Report on sanitation, dispensaries, and jails in Rajputana for 1912, and on vaccination for the year 1912-1913 - 1912-1913
Year: 1912
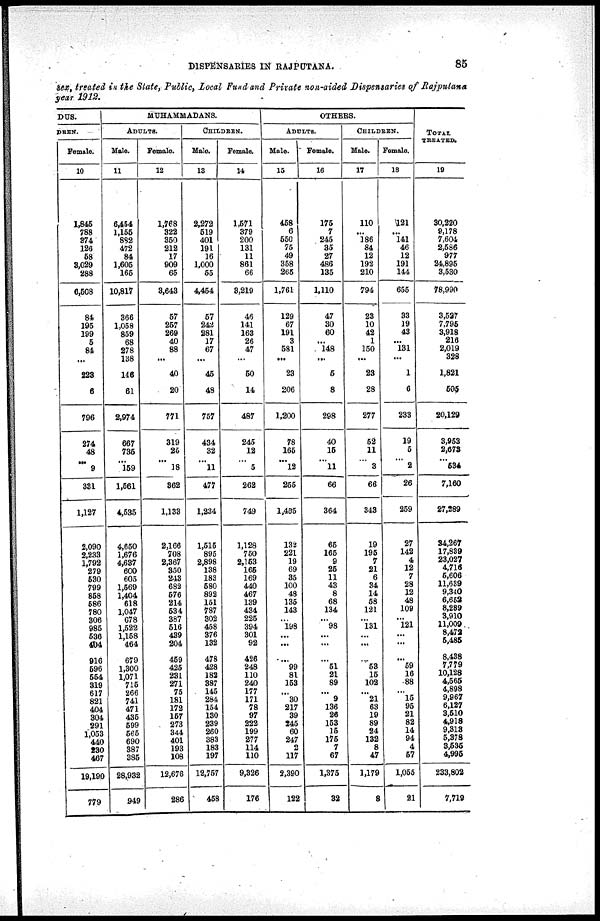
DISPENSARIES IN RAJPUTANA.
85
sex, treated in the State, Public, Local Fund and Private non-aided Dispensaries of Rajputana
year 1912.
DUS.
DREN.
Female.
10
1,845
788
374
126
58
3,029
288
6,508
84
195
199
5
84
...
223
6
796
274
48
...
9
331
1,127
2,090
2,233
1,792
279
530
799
858
586
780
306
985
536
404
916
596
554
319
617
821
404
304
291
1,053
440
230
467
19,190
779
MUHAMMADANS.
ADULTS.
Male.
11
6,454
1,155
882
472
84
1,605
165
10,817
366
1,058
859
68
278
138
146
61
2,974
667
735
...
159
1,561
4,535
4,650
1,676
4,687
600
605
1,569
1,404
618
1,047
678
1,522
1,158
464
679
1,300
1,071
715
266
741
471
435
599
565
690
887
385
28,932
949
Female.
12
1,768
322
350
212
17
909
65
3,643
57
257
269
40
88
...
40
20
771
319
25
...
18
362
1,133
2,166
708
2,367
350
243
682
576
214
534
387
516
439
204
469
425
231
271
75
181
172
157
273
344
401
193
108
12,676
286
CHILDREN.
Male.
13
2,272
519
401
191
16
1,000
55
4,454
57
242
281
17
67
...
45
48
757
434
32
...
11
477
1,234
1,515
895
2,898
138
183
580
892
151
787
302
458
376
132
478
428
183
887
145
284
154
180
239
260
383
18S
197
12,757
458
Female.
14
1,571
379
200
131
11
861
66
3,219
46
141
163
26
47
...
50
14
487
245
12
...
5
262
749
1,128
750
2,153
166
169
440
467
139
434
225
394
301
92
426
248
110
240
177
171
78
97
222
199
277
114
110
9,326
176
OTHERS.
ADULTS.
Male.
15
458
6
550
75
49
358
265
1,761
129
67
191
3
581
...
23
206
1,200
78
165
...
12
255
1,455
132
221
19
69
35
100
48
135
143
...
198
...
...
...
99
81
153
...
30
217
39
245
60
247
2
117
2,390
122
Female.
16
175
7
245
35
27
486
135
1,110
47
30
60
...
148
...
5
8
298
40
15
...
11
66
364
65
165
9
26
11
43
8
68
134
...
98
...
...
...
51
21
89
...
9
136
26
153
15
175
7
67
1,375
32
CHILDREN.
Male.
17
110
...
186
84
12
192
210
794
23
10
42
1
150
...
23
28
277
52
11
...
3
66
343
19
195
7
21
6
34
14
58
121
...
131
...
...
...
53
15
102
...
21
63
19
89
24
132
8
47
1,179
8
Female.
18
121
...
141
46
12
191
144
655
33
19
43
...
131
...
1
6
233
19
5
...
2
26
259
27
142
4
12
7
28
12
48
109
...
121
...
...
...
59
16
88
...
15
95
21
82
14
94
4
57
1,055
21
TOTAL
TREATED.
19
30,220
9,178
7,604
2,586
977
24,895
3,530
78,990
3,527
7,795
3,918
216
2,019
328
1,821
505
20,129
3,953
2,673
... 534
7,160
27,289
34,267
17,839
23,027
4,716
5,606
11,639
9,340
6,652
8,289
3,910
11,009
8,473
5,485
8,438
7,779
10,128
4,565
4,898
9,967
6,127
3,510
4,918
9,318
5,378
3,535
4,995
233,802
7,719